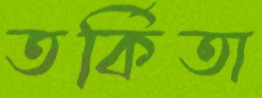
তর্কিতা